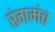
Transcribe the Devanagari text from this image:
रंगमंच